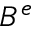
B ^ { e }